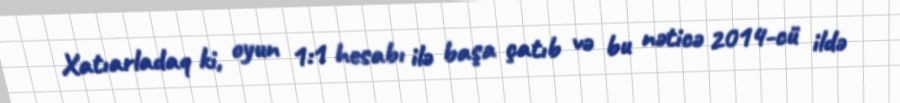
Xatıarladaq ki, oyun 1:1 hesabı ilə başa çatıb və bu nəticə 2014-cü ildə